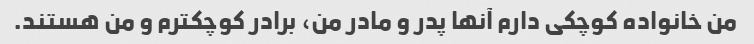
من خانواده کوچکی دارم آنها پدر و مادر من، برادر کوچکترم و من هستند.